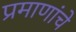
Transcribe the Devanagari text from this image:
प्रमाणांचे